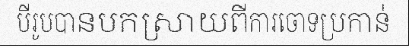
បីរូបបានបកស្រាយពីការចោទប្រកាន់